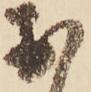
お